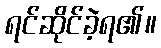
ရင်ဆိုင်ခဲ့ရ၏။